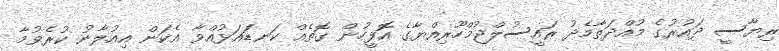
ރިޔާސީ ދައުރުގެ މުއްދަތާމެދު ރައީސުލްޖުމްހޫރިއްޔާގެ އޮފީހުން ގޮތެއް ކަނޑައަޅުއްވާ އެކަން އިއުލާނު ކުރެވުމާ